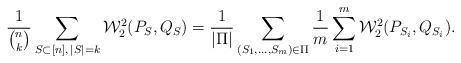
LaTeX: \begin{align*}\frac{1}{\binom{n}{k}}\sum_{S \subset [n], \, |S|=k} \mathcal{W}_2^2(P_{S},Q_{S}) = \frac{1}{|\Pi|}\sum_{(S_1,\ldots,S_m) \in \Pi}\frac{1}{m}\sum_{i=1}^m \mathcal{W}_2^2(P_{S_i},Q_{S_i}).\end{align*}